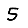
Digit: 5